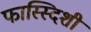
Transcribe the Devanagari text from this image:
फास्स्दिशी